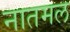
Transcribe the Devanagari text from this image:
नातमल